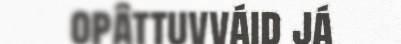
opâttuvváid já